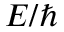
E / \hbar